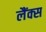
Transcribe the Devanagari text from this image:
लैंक्स